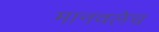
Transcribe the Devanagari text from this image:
मानवलेच